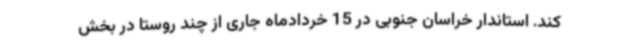
کند. استاندار خراسان جنوبی در 15 خردادماه جاری از چند روستا در بخش